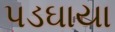
પડઘાયા